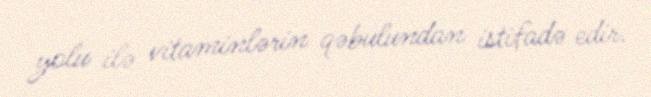
yolu ilə vitaminlərin qəbulundan istifadə edir.